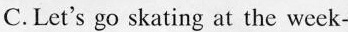
C. Let's go skating at the week-